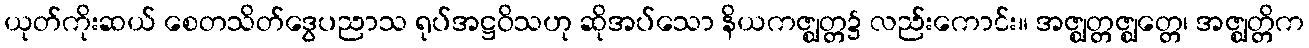
ယုတ်ကိုးဆယ် စေတသိတ်ဒွေပညာသ ရုပ်အဋ္ဌဝိသဟု ဆိုအပ်သော နိယကဇ္ဈတ္တ၌ လည်းကောင်း။ အဇ္ဈတ္တဇ္ဈတ္တေ၊ အဇ္ဈတ္တိက